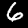
Digit: 6